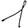
Digit: 1